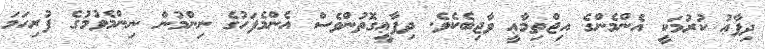
ދިފާޢު ކުރުމަކީ އެންމެންގެ އިޖްތިމާޢީ ވާޖިބެކެވެ. ދިފާޢީގޮތުންވެސް އެންމެފަހުގެ ނިންމުން ނިންމެވުމުގެ ފުރިހަމަ